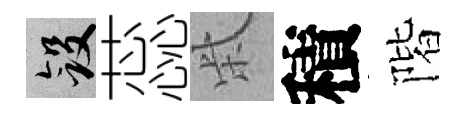
斂蕊柴積階